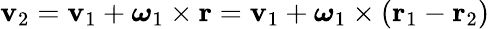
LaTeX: \mathbf{v}_{2}=\mathbf{v}_{1}+{\boldsymbol{\omega}}_{1}\times\mathbf{r}=\mathbf{v}_{1}+{\boldsymbol{\omega}}_{1}\times(\mathbf{r}_{1}-\mathbf{r}_{2})